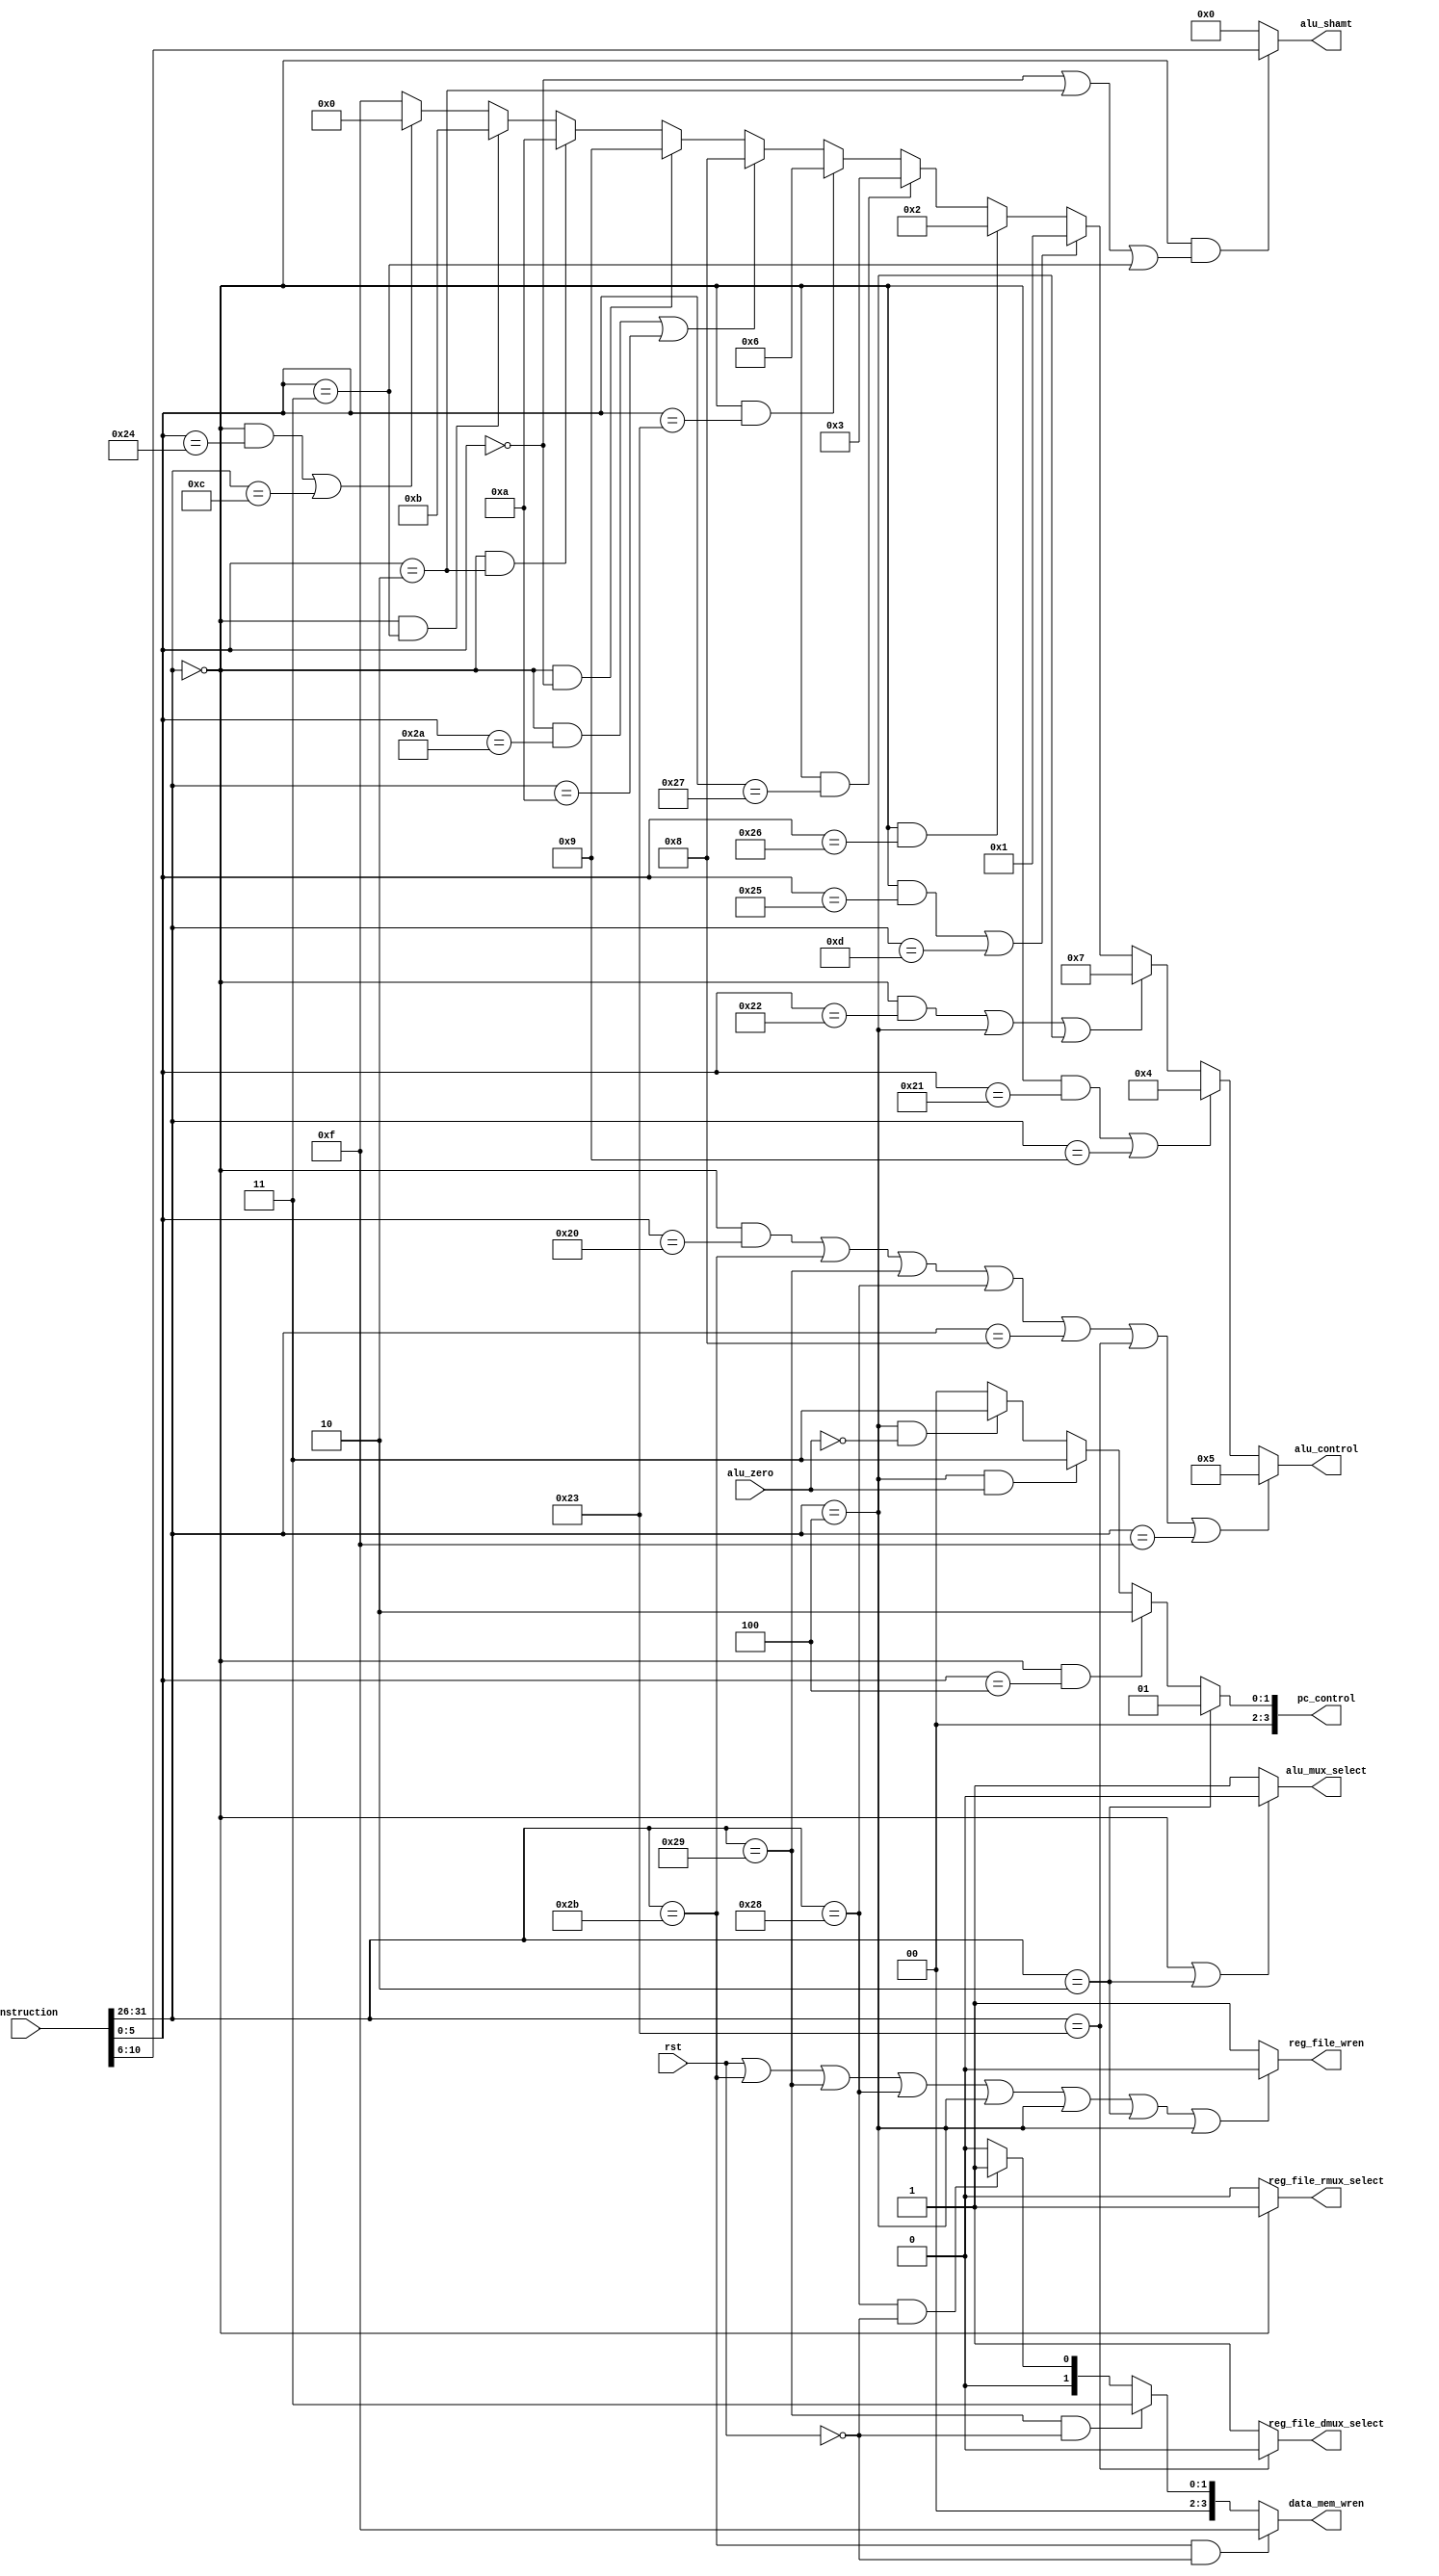
`timescale 1ns / 1ps
///////////////////////////////////////////////////////////////////////////////////////////////////////////////////////	
// E:/UserData/Marc/Dropbox/Documents/School 13-14/Cmpen 331/Verilog/HW6/simulation
//
// Design Name: CPU	
// Module Name: control unit    
// Project Name: HW6 for CMPEN 331
// Target Devices: 
// Tool versions:
// Description:		Handles all control signal for the cpu
//
///////////////////////////////////////////////////////////////////////////////////////////////////////////////////////

module control_unit
(
	rst,
	instruction,
	data_mem_wren,
	reg_file_wren,
	reg_file_dmux_select,
	reg_file_rmux_select,
	alu_mux_select,
	alu_control,
	alu_zero,
	alu_shamt,
	pc_control
);

	//--------------------------
	// Parameters
	//--------------------------	
	// None	
	
	
	//--------------------------
	// Input Ports
	//--------------------------
	// < Enter Input Ports  >
	input			rst;
	input 	[31:0]	instruction;
	input			alu_zero; 
	
	//--------------------------
	// Output Ports
	//--------------------------
	// < Enter Output Ports  >	
	output 	reg [3:0]	data_mem_wren;
	output	reg		reg_file_wren;
	output	reg		reg_file_dmux_select; // Refers to the mux that feeds the wdata bus of the register file
	output	reg		reg_file_rmux_select; // Refers to the mux that feeds the waddr bus of the register file
	output	reg		alu_mux_select;       // Refers to the mux that feeds the operand1 bus of the alu
	output	reg [3:0]	alu_control;
	output	reg [4:0]	alu_shamt;
	output	reg [3:0]	pc_control;
	
	//--------------------------
	// Bidirectional Ports
	//--------------------------
	// None
	
	///////////////////////////////////////////////////////////////////
	// Begin Design
	///////////////////////////////////////////////////////////////////
	//-------------------------------------------------
	// Signal Declarations: local params
	//-------------------------------------------------
	localparam //opcodes
		R = 	6'b000000,
		ADDI = 	6'b001000,
		ADDIU = 6'b001001,
		ANDI = 	6'b001100,
		ORI = 	6'b001101,
		SLTI = 	6'b001010,
		LW = 	6'b100011,
		LUI = 	6'b001111,
		SW = 	6'b101011,
		SH = 	6'b101001,
		SB = 	6'b101000,
		BEQ = 	6'b000100,
		BNE = 	6'b000100,
		J =		6'b000010;
		
	localparam //function codes
		ADD = 	6'b100000,
		ADDU = 	6'b100001,
		SUB = 	6'b100010,
		SUBU = 	6'b100011,
		AND = 	6'b100100,
		OR = 	6'b100101,
		XOR = 	6'b100110,
		NOR = 	6'b100111,
		SLT = 	6'b101010,
		SLL = 	6'b000000,
		SRL = 	6'b000010,
		SRA = 	6'b000011,
		JR = 	6'b000100;
	
	//ALU_control codes
	localparam C_AND 	= 4'b0000;
	localparam C_OR 	= 4'b0001;
	localparam C_XOR 	= 4'b0010;
	localparam C_NOR 	= 4'b0011;
	localparam C_ADDU	= 4'b0100;
	localparam C_ADD 	= 4'b0101;
	localparam C_SUBU 	= 4'b0110;
	localparam C_SUB	= 4'b0111;
	localparam C_SLT 	= 4'b1000;
	localparam C_SLL	= 4'b1001;
	localparam C_SRL	= 4'b1010;
	localparam C_SRA 	= 4'b1011;
	
	//-------------------------------------------------
	// Signal Declarations: reg
	//-------------------------------------------------
	// none
	
	//-------------------------------------------------
	// Signal Declarations: wire
	//-------------------------------------------------
	wire	[5:0]	op;
	wire	[5:0]	funct;
		
	//---------------------------------------------------------------
	// Instantiations
	//---------------------------------------------------------------
	// None

	//---------------------------------------------------------------
	// Combinatorial Logic
	//---------------------------------------------------------------
	// For each of the output signals, we define combinatorial logic
	
	assign op = instruction[31:26]; //continuously set opcode to first 6 bits of instruction
	assign funct = instruction[5:0];
	
	always @(instruction) begin
		//	output 	[3:0]	data_mem_wren;
		if (op == SW && !rst) begin
			data_mem_wren = 4'b1111;
		end else if (op == SH && !rst) begin
			data_mem_wren = 4'b0011;
		end else if (op == SB && !rst) begin
			data_mem_wren = 4'b0001;
		end else begin
			data_mem_wren = 4'b0000;			
		end
	
		// output			reg_file_wren;
		if (rst || op == SW || op == SH || op == SB || op == BEQ || op == BNE || op == J || op == JR) begin
			reg_file_wren = 0;
		end else begin
			reg_file_wren = 1;		
		end
		
		// output			reg_file_dmux_select; // Refers to the mux that feeds the wdata bus of the register file
		if (op == LW) begin
			reg_file_dmux_select = 0;
		end else begin
			reg_file_dmux_select = 1;
		end
		
		// output			reg_file_rmux_select; // Refers to the mux that feeds the waddr bus of the register file
		if (op == R) begin
			reg_file_rmux_select = 1;
		end else begin
			reg_file_rmux_select = 0;
		end
		
		// output			alu_mux_select;       // Refers to the mux that feeds the operand1 bus of the alu
		if (op == R || op == J) begin
			alu_mux_select = 0;
		end else begin // I-type
			alu_mux_select = 1;
		end
		
		// output	[3:0]	alu_control;
		if ((op == R && funct == ADD) || op == SW || op == SH || op == SB || op == ADDI || op == LW || op == LUI) begin
			alu_control = C_ADD;
		end else if ((op == R && funct == ADDU) || op == ADDIU) begin
			alu_control = C_ADDU; 
		end else if ((op == R && funct == SUB) || op == BNE || op == BEQ) begin
			alu_control = C_SUB;
		end else if ((op == R && funct == OR) || op == ORI) begin
			alu_control = C_OR;
		end else if ((op == R && funct == XOR)) begin
			alu_control = C_XOR;
		end else if ((op == R && funct == NOR)) begin
			alu_control = C_NOR;
		end else if ((op == R && funct == SUBU)) begin
			alu_control = C_SUBU;
		end else if ((op == R && funct == SLT) || op == SLTI) begin
			alu_control = C_SLT;
		end else if ((op == R && funct == SLL)) begin
			alu_control = C_SLL;
		end else if ((op == R && funct == SRL)) begin
			alu_control = C_SRL;
		end else if ((op == R && funct == SRA)) begin
			alu_control = C_SRA;
		end else if ((op == R && funct == AND) || op == ANDI) begin
			alu_control = C_AND;
		end else begin
			alu_control = 4'b1111;
		end	
		
		// output	[4:0]	alu_shamt; 
		if (op == R && (funct == SLL || funct == SRL || funct == SRA)) begin
			alu_shamt = instruction[10:6];
		end else begin
			alu_shamt = 4'b0000;
		end
		
		// output	[3:0]	pc_control;
		#0.5 
		if (op == J) begin
			pc_control = 3'b001;
		end else if (op == R && funct == JR) begin
			pc_control = 3'b010;
		end else if (op == BEQ && alu_zero == 1) begin
			pc_control = 3'b011;
		end else if (op == BNE && alu_zero == 0) begin
			pc_control = 3'b011;
		end else begin
			pc_control = 3'b000;
		end
		
	end
		
	//---------------------------------------------------------------
	// Sequential Logic
	//---------------------------------------------------------------
	//NONE
endmodule